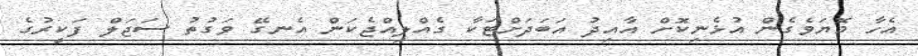
އެހާ މޮޔަވެގެން އުޅެނިކޮށް އާއިދު އަބަދަށްޓަކާ ގެއްލިއްޖެކަން އެނގޭ ވަގުތު ސަޖަލް ފަކީރުގެ